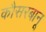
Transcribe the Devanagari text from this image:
कौसरबानू